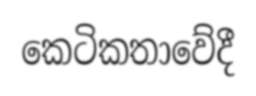
කෙටිකතාවේදී